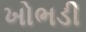
ખોભડી